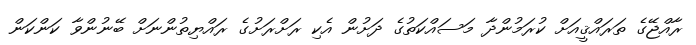
ރާއްޖޭގެ ތަރައްޤީއަށް ކުރަމުންދާ މަސައްކަތުގެ ދަށުން އެކި ރަށްރަށުގެ ރައްޔިތުންނަށް ބޭނުންވާ ކަންކަން